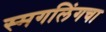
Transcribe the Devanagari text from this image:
स्मगलिंगचा